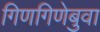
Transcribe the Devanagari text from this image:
गिणगिणेबुवा